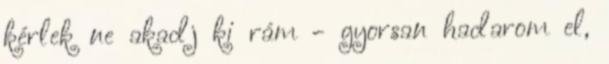
kérlek ne akadj ki rám - gyorsan hadarom el,